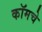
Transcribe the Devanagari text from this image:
कॉमचे